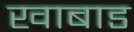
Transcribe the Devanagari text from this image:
खाबाड